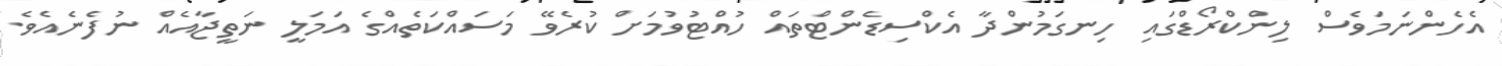
އެހެންނަމަވެސް ލިންކްރޯޑްގައި ހިނގަމުންދާ އެކްސިޑެންޓްތައް ހުއްޓުވުމަށް ކުރެވޭ މަސައްކަތެއްގެ އަމަލީ ނަތީޖާއެއް ނުފެނެއެވެ.